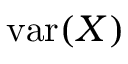
\operatorname { v a r } ( X )